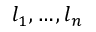
l _ { 1 } , \ldots , l _ { n }